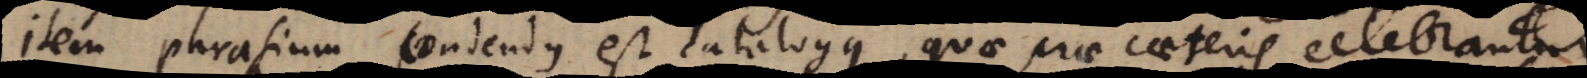
item phrasium condendus est catalogus, quae prae caeteris celebrantur.